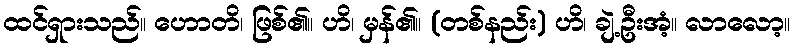
ထင်ရှားသည်။ ဟောတိ၊ ဖြစ်၏။ ဟိ၊ မှန်၏။ (တစ်နည်း) ဟိ၊ ချဲ့ဦးအံ့။ လာလော့။